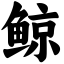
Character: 鲸